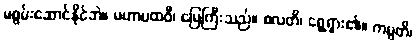
မစွမ်းဆောင်နိုင်ဘဲ။ မဟာပထဝီ၊ မြေကြီးသည်။ စလတိ၊ ရွေ့ရှား၏။ ကမ္ပတိ၊